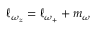
\ell _ { \omega _ { z } } = \ell _ { \omega _ { + } } + m _ { \omega }